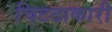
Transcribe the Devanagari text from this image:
चिटठाकारी